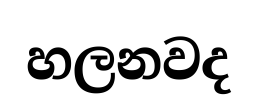
හලනවද